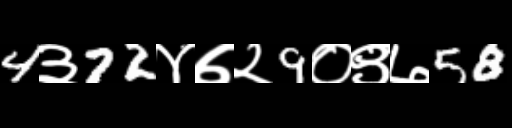
Text: 4३72४७२9०९७58